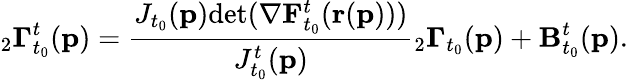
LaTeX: {}_{2}\mathbf{\Gamma}_{t_{0}}^{t}(\mathbf{p})=\frac{J_{t_{0}}(\mathbf{p})\textup{det}(\mathbf{\nabla}\mathbf{F}_{t_{0}}^{t}(\mathbf{r}(\mathbf{p})))}{J_{t_{0}}^{t}(\mathbf{p})}{}_{2}\mathbf{\Gamma}_{t_{0}}(\mathbf{p})+\mathbf{B}_{t_{0}}^{t}(\mathbf{p}).